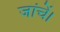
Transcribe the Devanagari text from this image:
जांचें।